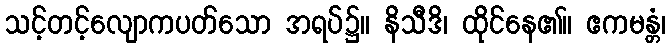
သင့်တင့်လျောကပတ်သော အရပ်၌။ နိသီဒိ၊ ထိုင်နေ၏။ ဧကမန္တံ၊